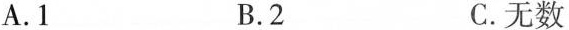
A。1 B.2 C.无数